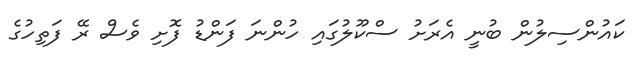
ކައުންސިލުން ބުނީ އެރަށު ސްކޫލުގައި ހުންނަ ފަންޑު ފޮށި ވެސް ރޭ ފަތިހުގެ